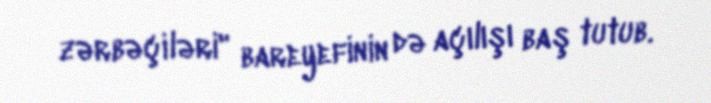
zərbəçiləri" bareyefinin də açılışı baş tutub.